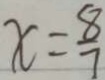
x = \frac { 8 } { 7 }